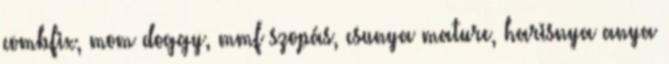
combfix, mom doggy, mmf szopás, csunya mature, harisnya anya